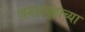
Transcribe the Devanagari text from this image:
जनसमूहाच्या